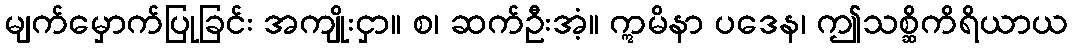
မျက်မှောက်ပြုခြင်း အကျိုးငှာ။ စ၊ ဆက်ဦးအံ့။ ဣမိနာ ပဒေန၊ ဤသစ္ဆိကိရိယာယ